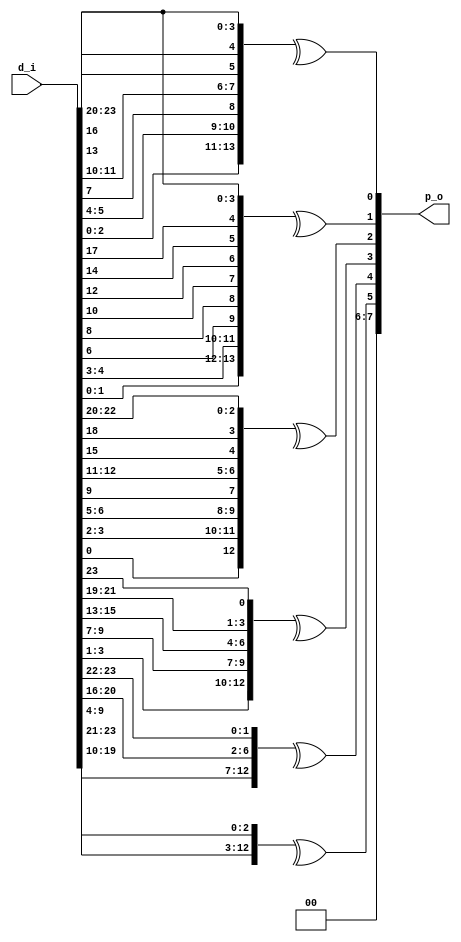
/* 
 * DSI Core
 * Copyright (C) 2013-2014 twl <twlostow@printf.cc>
 *
 * This library is free software; you can redistribute it and/or
 * modify it under the terms of the GNU Lesser General Public
 * License as published by the Free Software Foundation; either
 * version 3 of the License, or (at your option) any later version.

 * This library is distributed in the hope that it will be useful,
 * but WITHOUT ANY WARRANTY; without even the implied warranty of
 * MERCHANTABILITY or FITNESS FOR A PARTICULAR PURPOSE.  See the GNU
 * Lesser General Public License for more details.

 * You should have received a copy of the GNU Lesser General Public
 * License along with this library; if not, write to the Free Software
 * Foundation, Inc., 51 Franklin Street, Fifth Floor, Boston, MA  02110-1301  USA
 */

`timescale 1ns/1ps

/*
 * dsi_utils.v
 * 
 * Some utility stuff (parity/CRC generators)
 */

module dsi_parity 
  (
   input [23:0] d_i,
   output [7:0] p_o
   );

   assign p_o[0]=^{d_i[2:0], d_i[5:4], d_i[7], d_i[11:10], d_i[13], d_i[16], d_i[23:20]};
   assign p_o[1]=^{d_i[1:0], d_i[4:3], d_i[6], d_i[8], d_i[10], d_i[12], d_i[14], d_i[17], d_i[23:20]}; 
   assign p_o[2]=^{d_i[0], d_i[3:2], d_i[6:5], d_i[9], d_i[12:11], d_i[15], d_i[18], d_i[22:20] };
   assign p_o[3]=^{d_i[3:1], d_i[9:7], d_i[15:13], d_i[21:19], d_i[23]};
   assign p_o[4]=^{d_i[9:4], d_i[20:16], d_i[23:22]}; 
   assign p_o[5]=^{d_i[19:10], d_i[23:21]};
   assign p_o[7:6]=2'b0;
   
endmodule // dsi_parity


module dsi_crc_comb (input[15:0] crc, input[7:0] x, output [15:0] crc_new);
   assign  crc_new[0] = crc[8] ^ crc[12] ^ x[7-0] ^ x[7-4];
   assign	 crc_new[1] = crc[9] ^ crc[13] ^ x[7-1] ^ x[7-5];
   assign	 crc_new[2] = crc[10] ^ crc[14] ^ x[7-2] ^ x[7-6];
   assign	 crc_new[3] = crc[11] ^ crc[15] ^ x[7-3] ^ x[7-7];
   assign	 crc_new[4] = crc[12] ^ x[7-4];
   assign	 crc_new[5] = crc[8] ^ crc[12] ^ crc[13] ^ x[7-0] ^ x[7-4] ^ x[7-5];
   assign	 crc_new[6] = crc[9] ^ crc[13] ^ crc[14] ^ x[7-1] ^ x[7-5] ^ x[7-6];
   assign	 crc_new[7] = crc[10] ^ crc[14] ^ crc[15] ^ x[7-2] ^ x[7-6] ^ x[7-7];
   assign	 crc_new[8] = crc[0] ^ crc[11] ^ crc[15] ^ x[7-3] ^ x[7-7];
   assign	 crc_new[9] = crc[1] ^ crc[12] ^ x[7-4];
   assign	 crc_new[10] = crc[2] ^ crc[13] ^ x[7-5];
   assign	 crc_new[11] = crc[3] ^ crc[14] ^ x[7-6];
   assign	 crc_new[12] = crc[4] ^ crc[8] ^ crc[12] ^ crc[15] ^ x[7-0] ^ x[7-4] ^ x[7-7];
   assign	 crc_new[13] = crc[5] ^ crc[9] ^ crc[13] ^ x[7-1] ^ x[7-5];
   assign	 crc_new[14] = crc[6] ^ crc[10] ^ crc[14] ^ x[7-2] ^ x[7-6];
   assign	 crc_new[15] = crc[7] ^ crc[11] ^ crc[15] ^ x[7-3] ^ x[7-7];
endmodule // dsi_crc_comb


module dsi_crc
  (
   clk_i,
   rst_i,
   valid_i,
   nbytes_i,
   d_i,
   crc_o);

   parameter g_max_data_bytes = 3;

   input [g_max_data_bytes*8-1:0] d_i;
   input                          valid_i;
   input [2:0] 			  nbytes_i;
   input                          clk_i;
   input                          rst_i;
   output [15:0] 		  crc_o;
   
   reg [15:0] 			  crc_cur;

   wire [15:0] 			  stages_in [0:g_max_data_bytes-1];
   wire [15:0] 			  stages_out [0:g_max_data_bytes-1];

   generate
      genvar                      i        ;
      for(i=0;i<g_max_data_bytes;i=i+1)
        begin
           if(i != g_max_data_bytes-1)
             assign stages_in[i] = (nbytes_i == (i+1) ? crc_cur : stages_out[i+1]);
           dsi_crc_comb stageX(stages_in[i], d_i[8*i+7:8*i], stages_out[i]);
        end

      assign stages_in[g_max_data_bytes-1] = crc_cur;
   endgenerate

   always@(posedge clk_i)
     if(rst_i)
       crc_cur <= 16'hffff;
     else if(valid_i)
       crc_cur <= stages_out[0];

   assign crc_o = {crc_cur[0], crc_cur[1],crc_cur[2], crc_cur[3],
                   crc_cur[4], crc_cur[5],crc_cur[6], crc_cur[7],
                   crc_cur[8], crc_cur[9],crc_cur[10], crc_cur[11],
                   crc_cur[12], crc_cur[13],crc_cur[14], crc_cur[15]};
   
   
endmodule // dsi_crc

module dsi_wishbone_async_bridge
  #(
    parameter g_csr_addr_bits = 10
    ) 
   (
    input 			     clk_wb_i,
    input 			     clk_csr_i,
    input 			     rst_n_i,
   
    input [31:0] 		     wb_adr_i,
    input [31:0] 		     wb_dat_i,
    input [3:0] 		     wb_sel_i,
    input 			     wb_cyc_i,
    input 			     wb_stb_i,
    input 			     wb_we_i,
    output reg 			     wb_ack_o,
    output 			     wb_stall_o,
    output reg [31:0] 		     wb_dat_o,

    output reg [g_csr_addr_bits-1:0] csr_adr_o,
    output reg [31:0] 		     csr_dat_o,
    output 			     csr_wr_o,
    input [31:0] 		     csr_dat_i
    );

`define ST_IDLE 0
`define ST_WAIT_ACK 1
`define ST_ACK 2

   reg [1:0] 			     state;
   reg 				     req_wb, req_write;
   wire 			     req_csr;

   reg 				     wb_stb_d0 = 0;
   reg 				     wb_stall;
   reg 				     ack_csr;
   
   wire 			     ack_wb;
   
   dsi_sync_chain sc_req_to_csr (clk_csr_i, rst_n_i, req_wb, req_csr);
   dsi_sync_chain sc_ack_to_wb (clk_wb_i, rst_n_i, ack_csr, ack_wb);
   
   reg 				     req_csr_d0;
   reg 				     ack_wb_d0;

   always@(posedge clk_csr_i) req_csr_d0 <= req_csr;
   always@(posedge clk_wb_i) ack_wb_d0 <= ack_wb;
   
   always@(posedge clk_wb_i or negedge rst_n_i)
     if(!rst_n_i)
       begin
          wb_stb_d0 <= 0;
          wb_stall <= 1;
       end else begin
          wb_stb_d0 <= wb_stb_i & wb_cyc_i;
          wb_stall <= ~ (wb_stb_i & wb_cyc_i & !wb_stb_d0);
       end

   always@(posedge clk_wb_i or negedge rst_n_i)
     if(!rst_n_i)
       begin
          state <= `ST_IDLE;
          req_wb <= 0;
          wb_ack_o <= 0;
       end else begin
	  case (state)
            `ST_IDLE: if(wb_cyc_i && wb_stb_i) begin
               req_wb <= 1;
               wb_ack_o <= 0;
               req_write <= wb_we_i;
               csr_dat_o <= wb_dat_i;
               csr_adr_o <= wb_adr_i[g_csr_addr_bits+1:2];
               state <= `ST_WAIT_ACK;
            end

            `ST_WAIT_ACK: 
              if(ack_wb) begin
		 req_wb <= 0;
              end else if (ack_wb_d0) begin
		 wb_dat_o <= csr_dat_i;
		 wb_ack_o <= 1;
		 state <= `ST_ACK;
              end 
            `ST_ACK: begin
               wb_ack_o <=0;
               state <= `ST_IDLE;
            end
            
	  endcase // case (state)
       end // if (!rst_n_i)

   
   assign csr_wr_o = req_wb & req_write & !req_csr_d0 & req_csr;
   always@(posedge clk_csr_i)
     ack_csr <= req_csr;
   
   assign wb_stall_o = wb_stall;

endmodule // dsi_wishbone_async_bridge

module dsi_sync_chain
  #( parameter length = 2)
   (
    input  clk_i,
    input  rst_n_i,
    input  d_i,
    output q_o );

   reg [length-1:0] sync;

   
   always@(posedge clk_i)
     begin
        sync[0] <= d_i;
        sync[length-1:1] <= sync[length-2:0];
     end
   assign q_o = sync[length-1];
   
endmodule // dsi_sync_chain